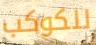
للكوكب